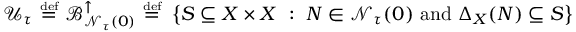
{ \mathcal { U } } _ { \tau } ~ { \stackrel { \scriptscriptstyle { \mathrm { d e f } } } { = } } ~ { \mathcal { B } } _ { { \mathcal { N } } _ { \tau } ( 0 ) } ^ { \uparrow } ~ { \stackrel { \scriptscriptstyle { \mathrm { d e f } } } { = } } ~ \left\{ S \subseteq X \times X ~ : ~ N \in { \mathcal { N } } _ { \tau } ( 0 ) { \mathrm { ~ a n d ~ } } \Delta _ { X } ( N ) \subseteq S \right\}